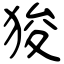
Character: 狻